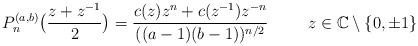
LaTeX: \begin{align*}P_n^{(a,b)}\bigl(\frac{z+z^{-1}}{2}\bigr)= \frac{c(z)z^n +c(z^{-1})z^{-n}}{((a-1)(b-1))^{n/2}} \quad\quad\>\> z\in\mathbb C\setminus\{0, \pm 1\}\end{align*}